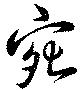
宛